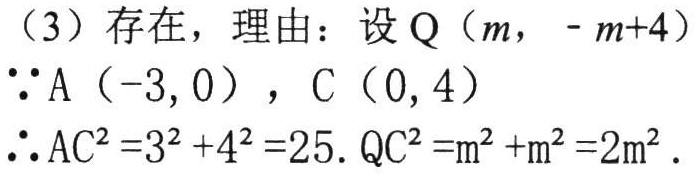
（3）存在，理由：设 \(Q(m,-m + 4)\)
\(\because A(-3,0)\)，\(C(0,4)\)
\(\therefore AC^{2}=3^{2}+4^{2}=25\). \(QC^{2}=m^{2}+m^{2}=2m^{2}\).